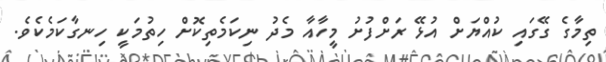
ތިމާގެ ގޭގައި ކުއްޔަށް އުޅޭ ރަށްފުށު މީހާއާ މެދު ނިކަމެތިކޮށް ހިތުމަކީ ހިނގާކަމެކެވެ.